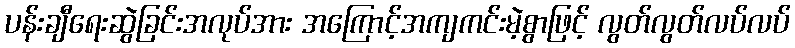
ပန်းချီရေးဆွဲခြင်းအလုပ်အား အကြောင့်အကျကင်းမဲ့စွာဖြင့် လွတ်လွတ်လပ်လပ်